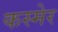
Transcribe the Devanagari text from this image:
कस्मेर